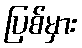
ပြစ်မှား